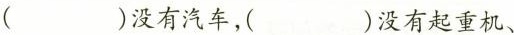
( )没有汽车，( )没有起重机、